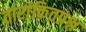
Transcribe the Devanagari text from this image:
तारांकितप्रश्न